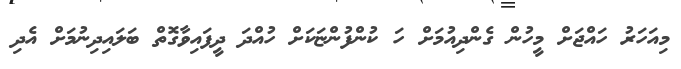
މިއަހަރު ހައްޖަށް މީހުން ގެންދިއުމަށް ހަ ކުންފުންޏަކަށް ހުއްދަ ދީފައިވާގޮތް ބަލައިދިނުމަށް އެދި